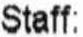
STAFF: